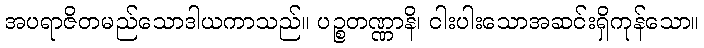
အပရာဇိတမည်သောဒါယကာသည်။ ပဉ္စတဏ္ဏာနိ၊ ငါးပါးသောအဆင်းရှိကုန်သော။